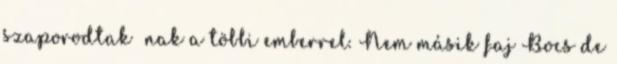
szaporodtak nak a többi emberrel. Nem másik faj Bocs de